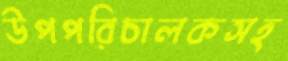
উপপরিচালকসহ